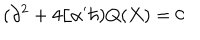
( \partial ^ { 2 } + 4 / \alpha ^ { \prime } \hbar ) Q ( X ) = 0